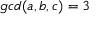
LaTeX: g c d ( a , b , c ) = 3